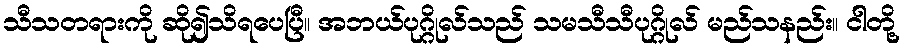
သီသတရားကို ဆို၍သိရပေပြီ။ အဘယ်ပုဂ္ဂိုလ်သည် သမသီသီပုဂ္ဂိုလ် မည်သနည်း။ ငါတို့